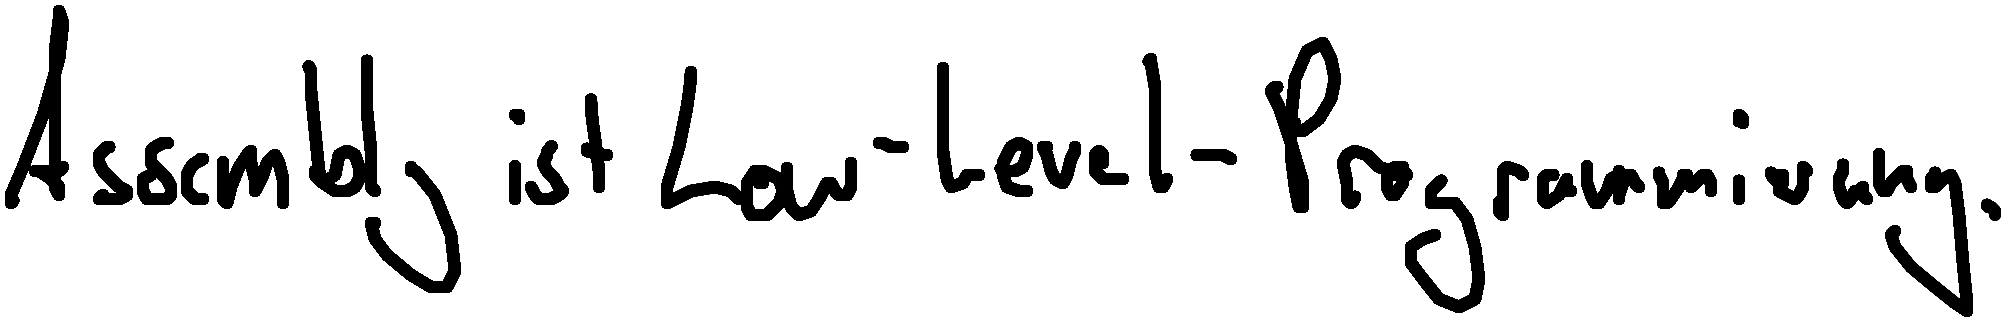
Assembly ist Low-Level-Programmierung.